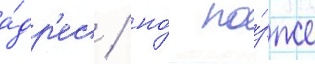
а́др'ес / но́ по́зже